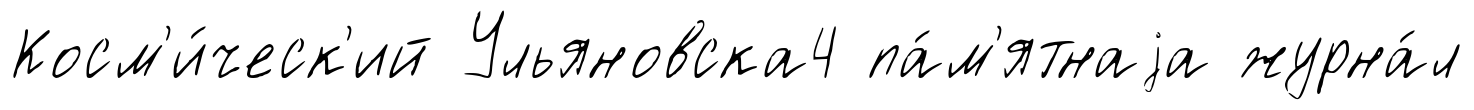
Косм'и́ческ'ий Ульяновска4 па́м'ятнаjа журна́л